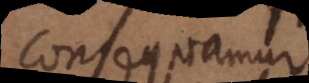
onsequamur.